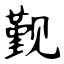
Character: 觐